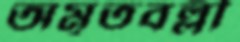
অমৃতবল্লী